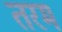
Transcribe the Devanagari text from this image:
तरम